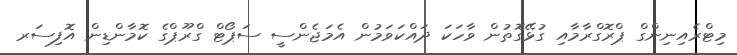
މިޓްރެއިނިންގް ޕްރޮގްރާމާއި ގުޅޭގޮތުން ވާހަކަ ދައްކަވަމުން އެމަޖެންސީ ސަޕޯޓް ގްރޫޕްގެ ކޮމާންޑިން އޮފިސަރ